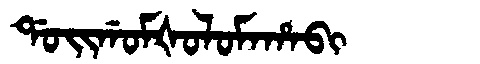
Manchu: ᡩᠣᡳᡤᠣᠮᡧᠣᠯᠣᠮᠠᡥᠠᠪᡳ
Romanization: DOIGOMŠOLOMAHABI